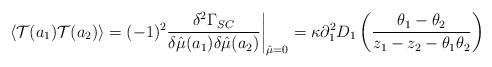
LaTeX: \begin{align*}\langle {\cal T}(a_1) {\cal T}(a_2)\rangle =(-1)^2{\delta^2\Gamma_{SC}\over\delta\hat\mu(a_1)\delta\hat\mu(a_2)}\bigg\vert_{\hat\mu= 0} = \kappa\partial^2_1D_1\left({\theta_1-\theta_2\over z_1-z_2-\theta_1\theta_2}\right)\end{align*}